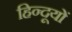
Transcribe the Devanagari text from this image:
हिन्दूयों